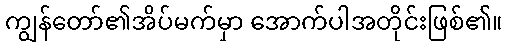
ကျွန်တော်၏အိပ်မက်မှာ အောက်ပါအတိုင်းဖြစ်၏။